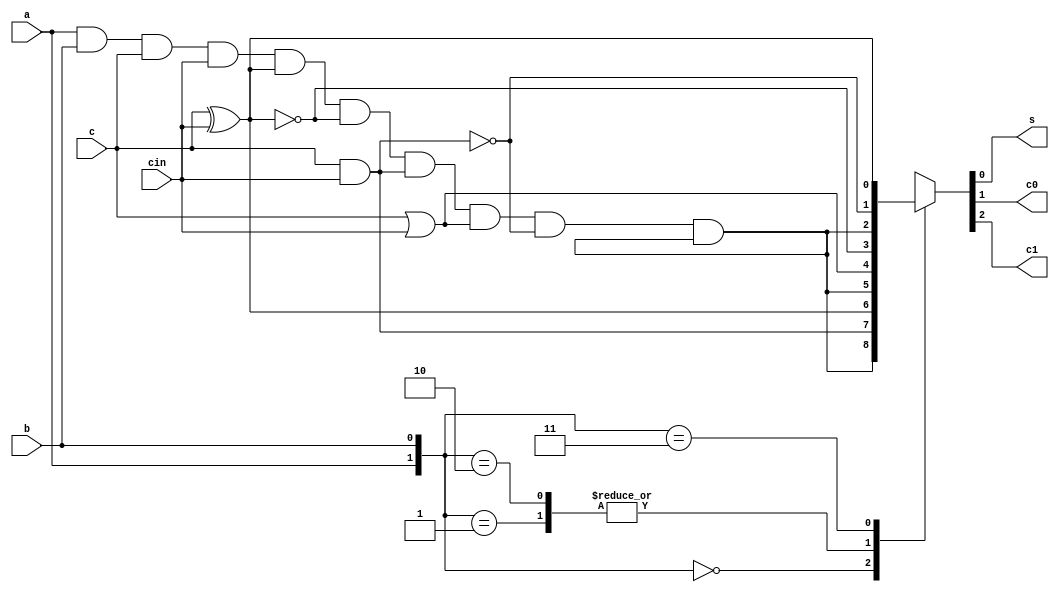
module add_3bits (
	input a,b,c,cin,
	output reg s,c0,c1
	);

wire w1,w2;
xor xor1(w1,c,cin);
xnor xnor1(w2,c,cin);

wire w3,w4,w5;
and and1(w3,c,cin);
or or1(w4,c,cin);
nand nand1(w5,c,cin);

wire w6;
and and2(w6,a,b,c,cin,w1,w2,w3,w4,w5,w6);

always @(a,b,c,cin,w1,w2,w3,w4,w5,w6) begin
	case({a,b})
		2'b00 : {c1,c0,s} = {w6 , w3 , w1};
		2'b01 : {c1,c0,s} = {w6 , w4 , w2};
		2'b10 : {c1,c0,s} = {w6 , w4 , w2};
		2'b11 : {c1,c0,s} = {w6 , w5 , w1};
	endcase
end

endmodule